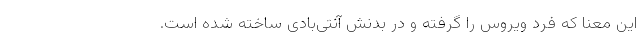
این معنا که فرد ویروس را گرفته و در بدنش آنتی‌بادی ساخته شده است.